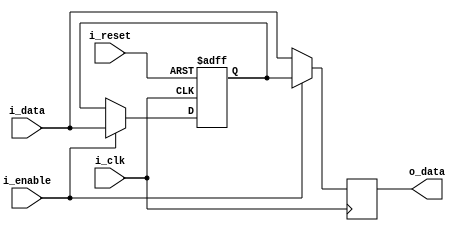
module bypass_register (
    input i_clk,
    input i_reset,
    input i_enable,
    input [31:0] i_data,
    output reg [31:0] o_data
);

reg [31:0] register;

always @(posedge i_clk or posedge i_reset) begin
    if (i_reset) begin
        register <= 32'h0;
    end else if (i_enable) begin
        register <= i_data;
    end
end

always @(posedge i_clk) begin
    if (i_enable) begin
        o_data <= register;
    end else begin
        o_data <= i_data;
    end
end

endmodule